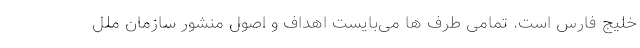
خلیج فارس است. تمامی طرف ها می‌بایست اهداف و اصول منشور سازمان ملل